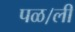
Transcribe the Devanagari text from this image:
पळ।ली